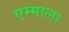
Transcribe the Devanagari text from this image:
एम्माला